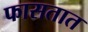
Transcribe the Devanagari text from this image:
फासतात